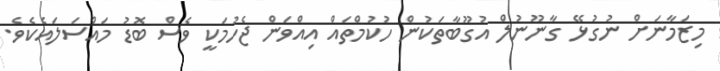
މިޒަމާނަށް ނުގުޅޭ ގާނޫނުލް އުގޫބާތަކުން ހުކުމްތައް އިއްވަން ޖެހުމަކީ ވެސް ބޮޑު މައްސަލައެކެވެ.